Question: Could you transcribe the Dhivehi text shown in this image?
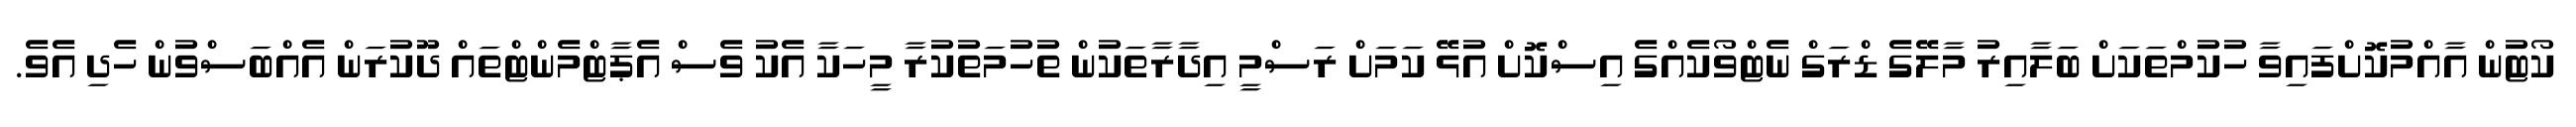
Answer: ކޯޓުން އާއްމުކޮށްފައިވާ ހުކުމްތަކަށް ބަލާއިރު މާލޭގެ ޑްރަގް ނެޓްވޯކެއްގެ އިސްކޮށް އުޅޭ ކަމަށް ރަސްމީ އިދާރާތަކުން ތުހުމަތުކުރާ މީހަކާ އެކު ވެސް އެޕާޓްމެންޓްތައް ދޫކުރަން އެއްބަސްވުން ހެދި އެވެ.